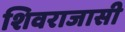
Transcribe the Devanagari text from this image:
शिवराजासी